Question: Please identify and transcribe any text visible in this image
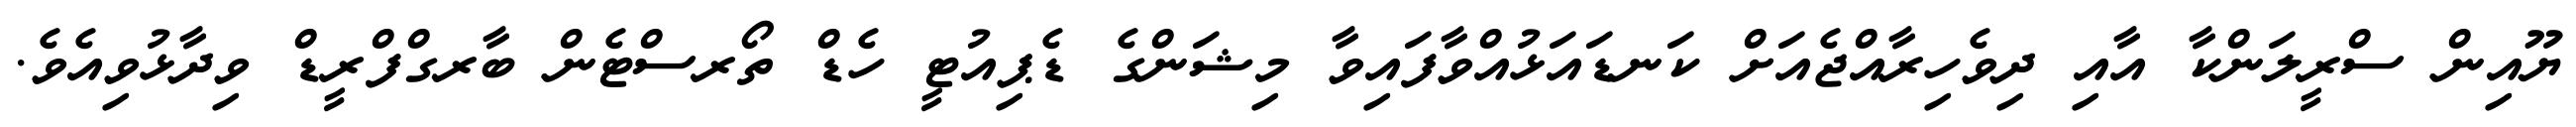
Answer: ޔޫއިން ސްރީލަންކާ އާއި ދިވެހިރާއްޖެއަށް ކަނޑައަޅުއްވާފައިވާ މިޝަންގެ ޑެޕިއުޓީ ހެޑް ތޯރސްޓެން ބާރގްފްރީޑް ވިދާޅުވިއެވެ.